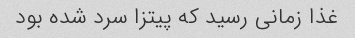
غذا زمانی رسید که پیتزا سرد شده بود